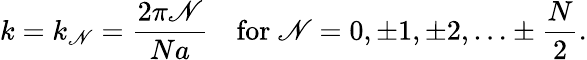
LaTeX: k=k_{\mathscr{N}}={\frac{{2\pi\mathscr{N}}}{{Na}}}\quad{\mathrm{{for~}}}\mathscr{N}=0,\pm1,\pm2,\ldots\pm{\frac{{N}}{{2}}}.